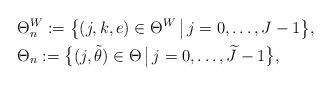
LaTeX: \begin{align*}&\Theta_n^{W}:=\big\{(j,k,e)\in\Theta^W\, \big|\, j=0,\ldots,J-1\big\},\\&\Theta_n:=\big\{(j,\tilde{\theta})\in\Theta\, \big|\, j=0,\ldots,\widetilde{J}-1\big\},\end{align*}